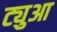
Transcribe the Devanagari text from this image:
ट्युआ